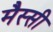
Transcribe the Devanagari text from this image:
मैस्सी